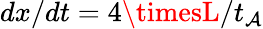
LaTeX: {dx}/{dt}={4\timesL}/{t_{\mathcal{A}}}